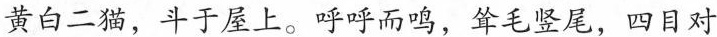
黄白二猫，斗于屋上。呼呼而鸣，耸毛竖尾，四目对